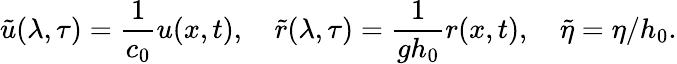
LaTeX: \tilde{u}(\lambda,\tau)=\frac{1}{c_{0}}u(x,t),~~~~\tilde{r}(\lambda,\tau)=\frac{1}{gh_{0}}r(x,t),~~~~\tilde{\eta}=\eta/h_{0}.